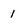
Character: 1